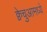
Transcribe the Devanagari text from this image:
क्वेचुआमध्ये